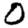
Digit: 0